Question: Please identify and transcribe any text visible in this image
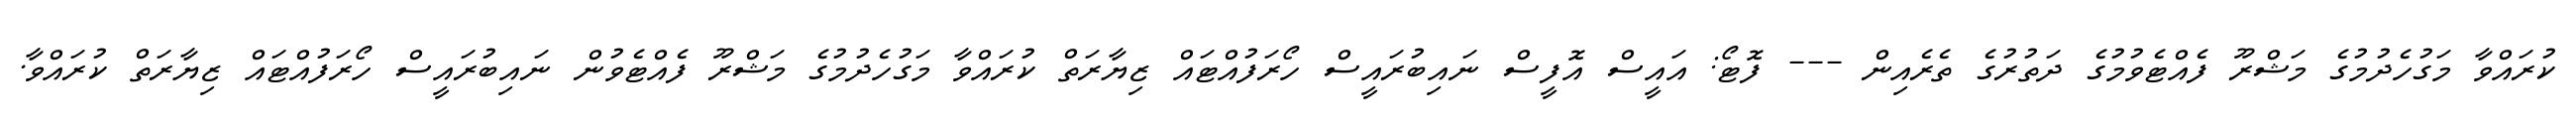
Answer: ކުރައްވާ މަގުހެދުމުގެ މަޝްރޫ ފެއްޓެވުމުގެ ދަތުރުގެ ތެރެއިން --- ފޮޓޯ: އައީސް އޮފީސް ނައިބުރައީސް ހޯރަފުއްޓައް ޒިޔާރަތް ކުރައްވާ މަގުހެދުމުގެ މަޝްރޫ ފެއްޓެވުން ނައިބުރައީސް ހޯރަފުއްޓައް ޒިޔާރަތް ކުރައްވާ.